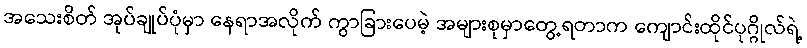
အသေးစိတ် အုပ်ချုပ်ပုံမှာ နေရာအလိုက် ကွာခြားပေမဲ့ အများစုမှာတွေ့ရတာက ကျောင်းထိုင်ပုဂ္ဂိုလ်ရဲ့